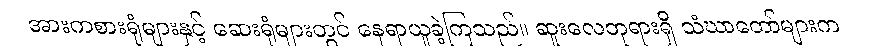
အားကစားရုံများနှင့် ဆေးရုံများတွင် နေရာယူခဲ့ကြသည်။ ဆူးလေဘုရားရှိ သံဃာတော်များက